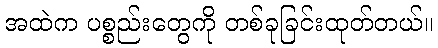
အထဲက ပစ္စည်းတွေကို တစ်ခုခြင်းထုတ်တယ်။